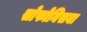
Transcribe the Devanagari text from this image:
सोफोनिसबा